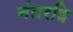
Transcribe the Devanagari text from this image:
नंतरहि